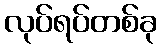
လုပ်ရပ်တစ်ခု